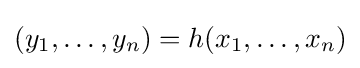
(y_{1},\ldots ,y_{n})=h(x_{1},\ldots ,x_{n})